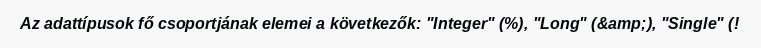
Az adattípusok fő csoportjának elemei a következők: "Integer" (%), "Long" (&amp;), "Single" (!